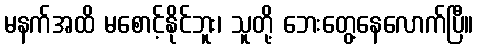
မနက်အထိ မစောင့်နိုင်ဘူး၊ သူတို့ ဘေးတွေ့နေလောက်ပြီ။